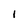
Character: 1